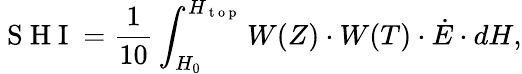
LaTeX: \mathrm{~S~H~I~}=\frac{1}{10}\int_{H_{0}}^{H_{\mathrm{~t~o~p~}}}W(Z)\cdot W(T)\cdot\dot{E}\cdot dH,